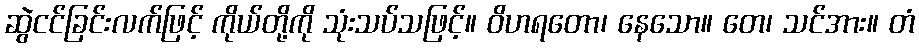
ဆွဲငင်ခြင်းလက်ဖြင့် ကိုယ်တို့ကို သုံးသပ်သဖြင့်။ ဝိဟရတော၊ နေသော။ တေ၊ သင်အား။ တံ